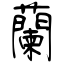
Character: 蘭